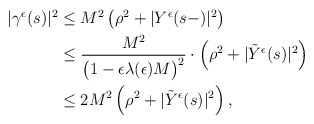
\begin{align*}\begin{aligned}|\gamma^{\epsilon}(s)|^{2}&\leq M^2\left(\rho^{2}+|Y^{\epsilon}(s-)|^{2}\right)\\&\leq\frac{M^2}{\big(1- \epsilon\lambda(\epsilon)M\big)^{2}}\cdot\left(\rho^{2}+|\tilde{Y}^{\epsilon}(s)|^{2}\right)\\&\leq 2M^{2}\left(\rho^{2}+|\tilde{Y}^{\epsilon}(s)|^{2}\right) ,\end{aligned}\end{align*}